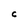
Character: C